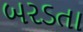
બરડતા